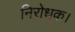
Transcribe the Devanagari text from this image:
निरोधक।